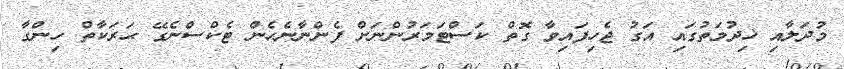
މުދަލާއި ޚިދުމަތުގައި އަގު ޖެހިފައިވާ ގޮތް ކަސްޓަމަރުންނަށް ފެންނާނެހެން ޓެކްސްނެގޭ ޙަރަކާތް ހިންގާ